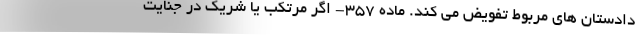
دادستان های مربوط تفویض می کند. ماده ۳۵۷- اگر مرتکب یا شریک در جنایت